Lunatic asylums Punjab 1868-1880 - 1868-1880
Year: 1868
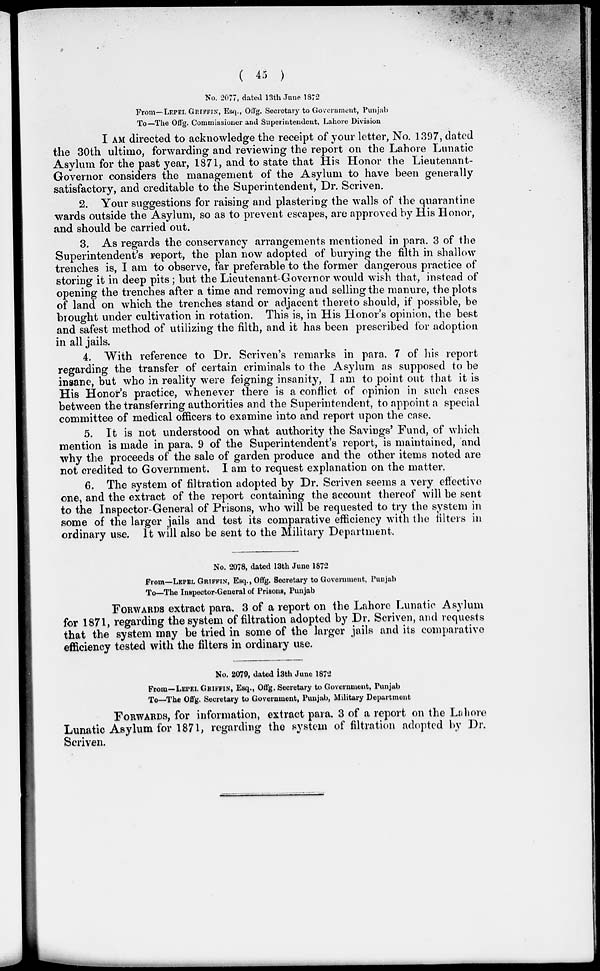
( 45 )
No. 2077, dated 13th June 1872
From—LEPEL GRIFFIN, Esq., Offg. Secretary to Government, Punjab
To—The Offg. Commissioner and Superintendent, Lahore Division
I AM directed to acknowledge the receipt of your letter, No. 1397, dated
the 30th ultimo, forwarding and reviewing the report on the Lahore Lunatic
Asylum for the past year, 1871, and to state that His Honor the Lieutenant-
Governor considers the management of the Asylum to have been generally
satisfactory, and creditable to the Superintendent, Dr. Scriven.
2. Your suggestions for raising and plastering the walls of the quarantine
wards outside the Asylum, so as to prevent escapes, are approved by His Honor,
and should be carried out.
3. As regards the conservancy arrangements mentioned in para. 3 of the
Superintendent's report, the plan now adopted of burying the filth in shallow
trenches is, I am to observe, far preferable to the former dangerous practice of
storing it in deep pits; but the Lieutenant-Governor would wish that, instead of
opening the trenches after a time and removing and selling the manure, the plots
of land on which the trenches stand or adjacent thereto should, if possible, be
brought under cultivation in rotation. This is, in His Honor's opinion, the best
and safest method of utilizing the filth, and it has been prescribed for adoption
in all jails.
4. With reference to Dr. Scriven's remarks in para. 7 of his report
regarding the transfer of certain criminals to the Asylum as supposed to be
insane, but who in reality were feigning insanity, I am to point out that it is
His Honor's practice, whenever there is a conflict of opinion in such cases
between the transferring authorities and the Superintendent, to appoint a special
committee of medical officers to examine into and report upon the case.
5. It is not understood on what authority the Savings' Fund, of which
mention is made in para. 9 of the Superintendent's report, is maintained, and
why the proceeds of the sale of garden produce and the other items noted are
not credited to Government. I am to request explanation on the matter.
6. The system of filtration adopted by Dr. Scriven seems a very effective
one, and the extract of the report containing the account thereof will be sent
to the Inspector-General of Prisons, who will be requested to try the system in
some of the larger jails and test its comparative efficiency with the filters in
ordinary use. It will also be sent to the Military Department.
No. 2078, dated 13th June 1872
From—LEPEL GRIFFIN, Esq., Offg. Secretary to Government, Punjab
To—The Inspector-General of Prisons, Punjab
FORWARDS extract para. 3 of a report on the Lahore Lunatic Asylum
for 1871, regarding the system of filtration adopted by Dr. Scriven, and requests
that the system may be tried in some of the larger jails and its comparative
efficiency tested with the filters in ordinary use.
No. 2079, dated 13th June 1872
From—LEPEL GRIFFIN, Esq., Offg. Secretary to Government, Punjab
To—The Offg. Secretary to Government, Punjab, Military Department
FORWARDS, for information, extract para. 3 of a report on the Lahore
Lunatic Asylum for 1871, regarding the system of filtration adopted by Dr.
Scriven.